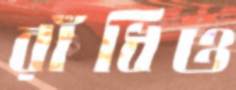
রাঁধিও